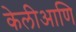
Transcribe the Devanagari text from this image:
केलीआणि